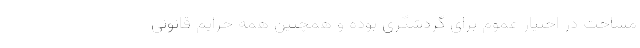
مساحت در اختیار عموم برای گردشگری بوده و همچنین همه حرایم قانونی